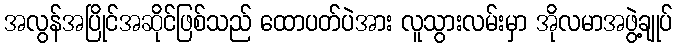
အလွန်အပြိုင်အဆိုင်ဖြစ်သည် ထောပတ်ပဲအား လူသွားလမ်းမှာ အိုလမာအဖွဲ့ချုပ်